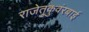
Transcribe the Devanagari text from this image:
राजेतुकुवंरबाई